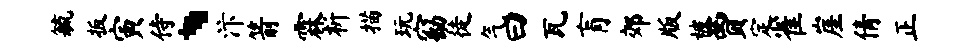
毓扳寅侍、汴箭霖析描玩窈徒气曰瓦肓郊版被贾定雀崖倩正